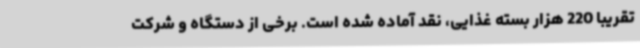
تقریبا 220 هزار بسته غذایی، نقد آماده شده است. برخی از دستگاه و شرکت